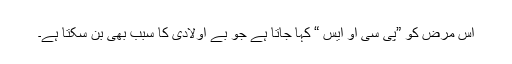
اس مرض کو ”پی سی او ایس “ کہا جاتا ہے جو بے اولادی کا سبب بھی بن سکتا ہے۔